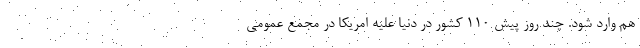
هم وارد شود. چند روز پيش 110 كشور در دنيا عليه امريكا در مجمع عمومي